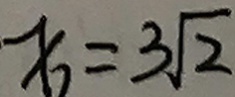
x _ { 2 } = 3 \sqrt { 2 }